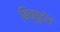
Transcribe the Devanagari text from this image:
बिच्छूदंश